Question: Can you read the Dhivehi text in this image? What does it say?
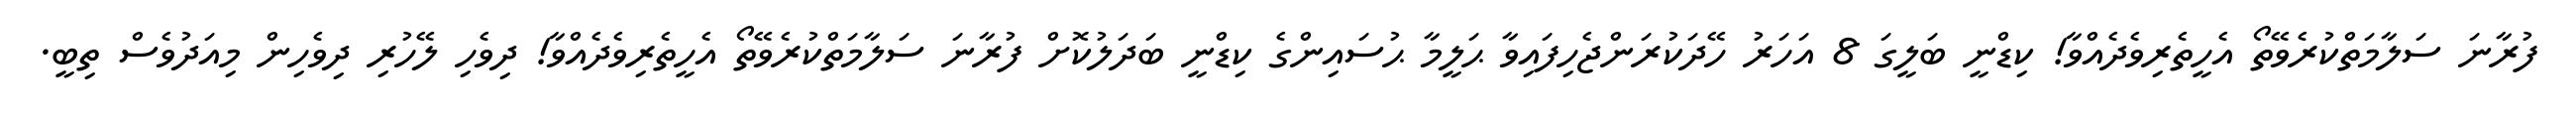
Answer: ފުރާނަ ސަލާމަތްކުރެވޭތޯ އެހީތެރިވެދެއްވާ! ކިޑްނީ ބަލީގަ 8 އަހަރު ހޭދަކުރަންޖެހިފައިވާ ޙަލީމާ ޙުސައިންގެ ކިޑްނީ ބަދަލުކޮށް ފުރާނަ ސަލާމަތްކުރެވޭތޯ އެހީތެރިވެދެއްވާ! ދިވެހި ލޭހުރި ދިވެހިން މިއަދުވެސް ތިބީ.